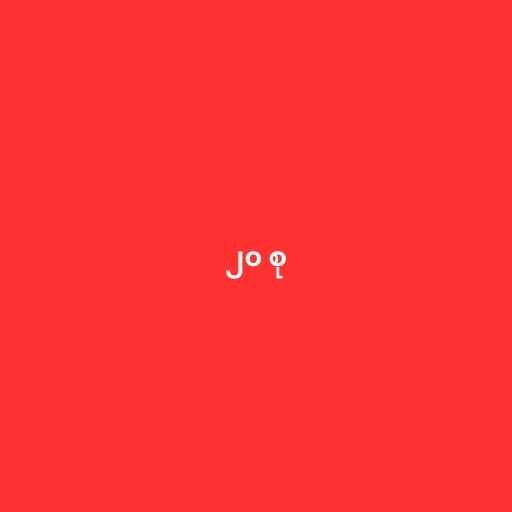
၂၀ စု